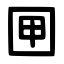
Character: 㘡